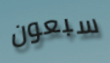
سبعون